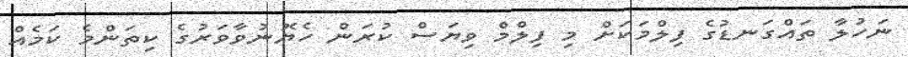
ނަހުލާ ތައްގަނޑުގެ ފިލްމަކަށް މި ފިލްމް ވިޔަސް ކުރަން ހެޔޮނުވާވަރުގެ ކިތަންމެ ކަމެއް